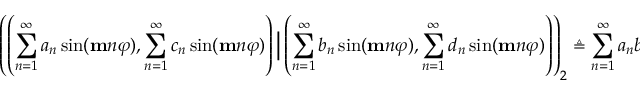
\left( \left( \sum _ { n = 1 } ^ { \infty } a _ { n } \sin ( \mathbf { m } n \varphi ) , \sum _ { n = 1 } ^ { \infty } c _ { n } \sin ( \mathbf { m } n \varphi ) \right) \Big | \left( \sum _ { n = 1 } ^ { \infty } b _ { n } \sin ( \mathbf { m } n \varphi ) , \sum _ { n = 1 } ^ { \infty } d _ { n } \sin ( \mathbf { m } n \varphi ) \right) \right) _ { 2 } \triangleq \sum _ { n = 1 } ^ { \infty } a _ { n } b _ { n } + c _ { n } d _ { n } .